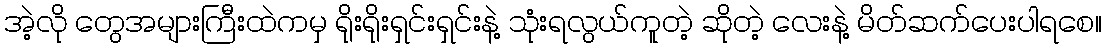
အဲ့လို တွေအများကြီးထဲကမှ ရိုးရိုးရှင်းရှင်းနဲ့ သုံးရလွယ်ကူတဲ့ ဆိုတဲ့ လေးနဲ့ မိတ်ဆက်ပေးပါရစေ။